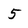
Character: 5